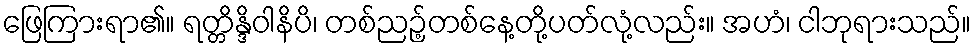
ဖြေကြားရာ၏။ ရတ္တိန္ဒိဝါနိပိ၊ တစ်ညဉ့်တစ်နေ့တို့ပတ်လုံ့လည်း။ အဟံ၊ ငါဘုရားသည်။